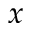
x